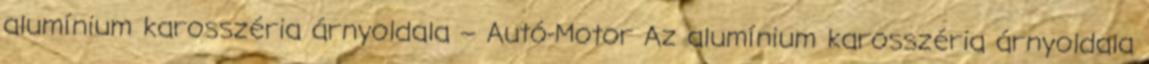
alumínium karosszéria árnyoldala – Autó-Motor Az alumínium karosszéria árnyoldala